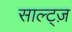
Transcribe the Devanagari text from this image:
साल्ट्ज़